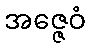
အဇ္ဇေဝံ